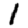
Digit: 1